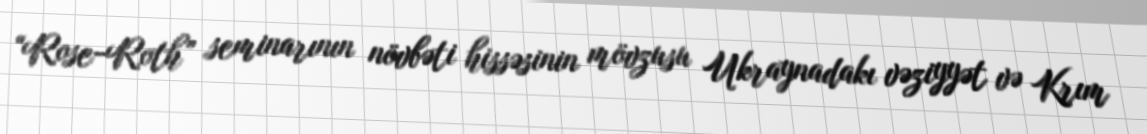
“Rose-Roth” seminarının növbəti hissəsinin mövzusu Ukraynadakı vəziyyət və Krım